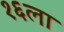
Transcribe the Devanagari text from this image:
१६ला